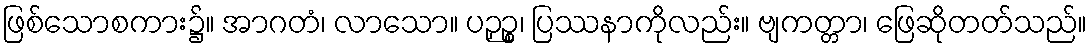
ဖြစ်သောစကား၌။ အာဂတံ၊ လာသော။ ပဉှဉ္စ၊ ပြဿနာကိုလည်း။ ဗျကတ္တာ၊ ဖြေဆိုတတ်သည်။